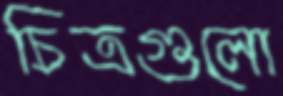
চিত্রগুলো